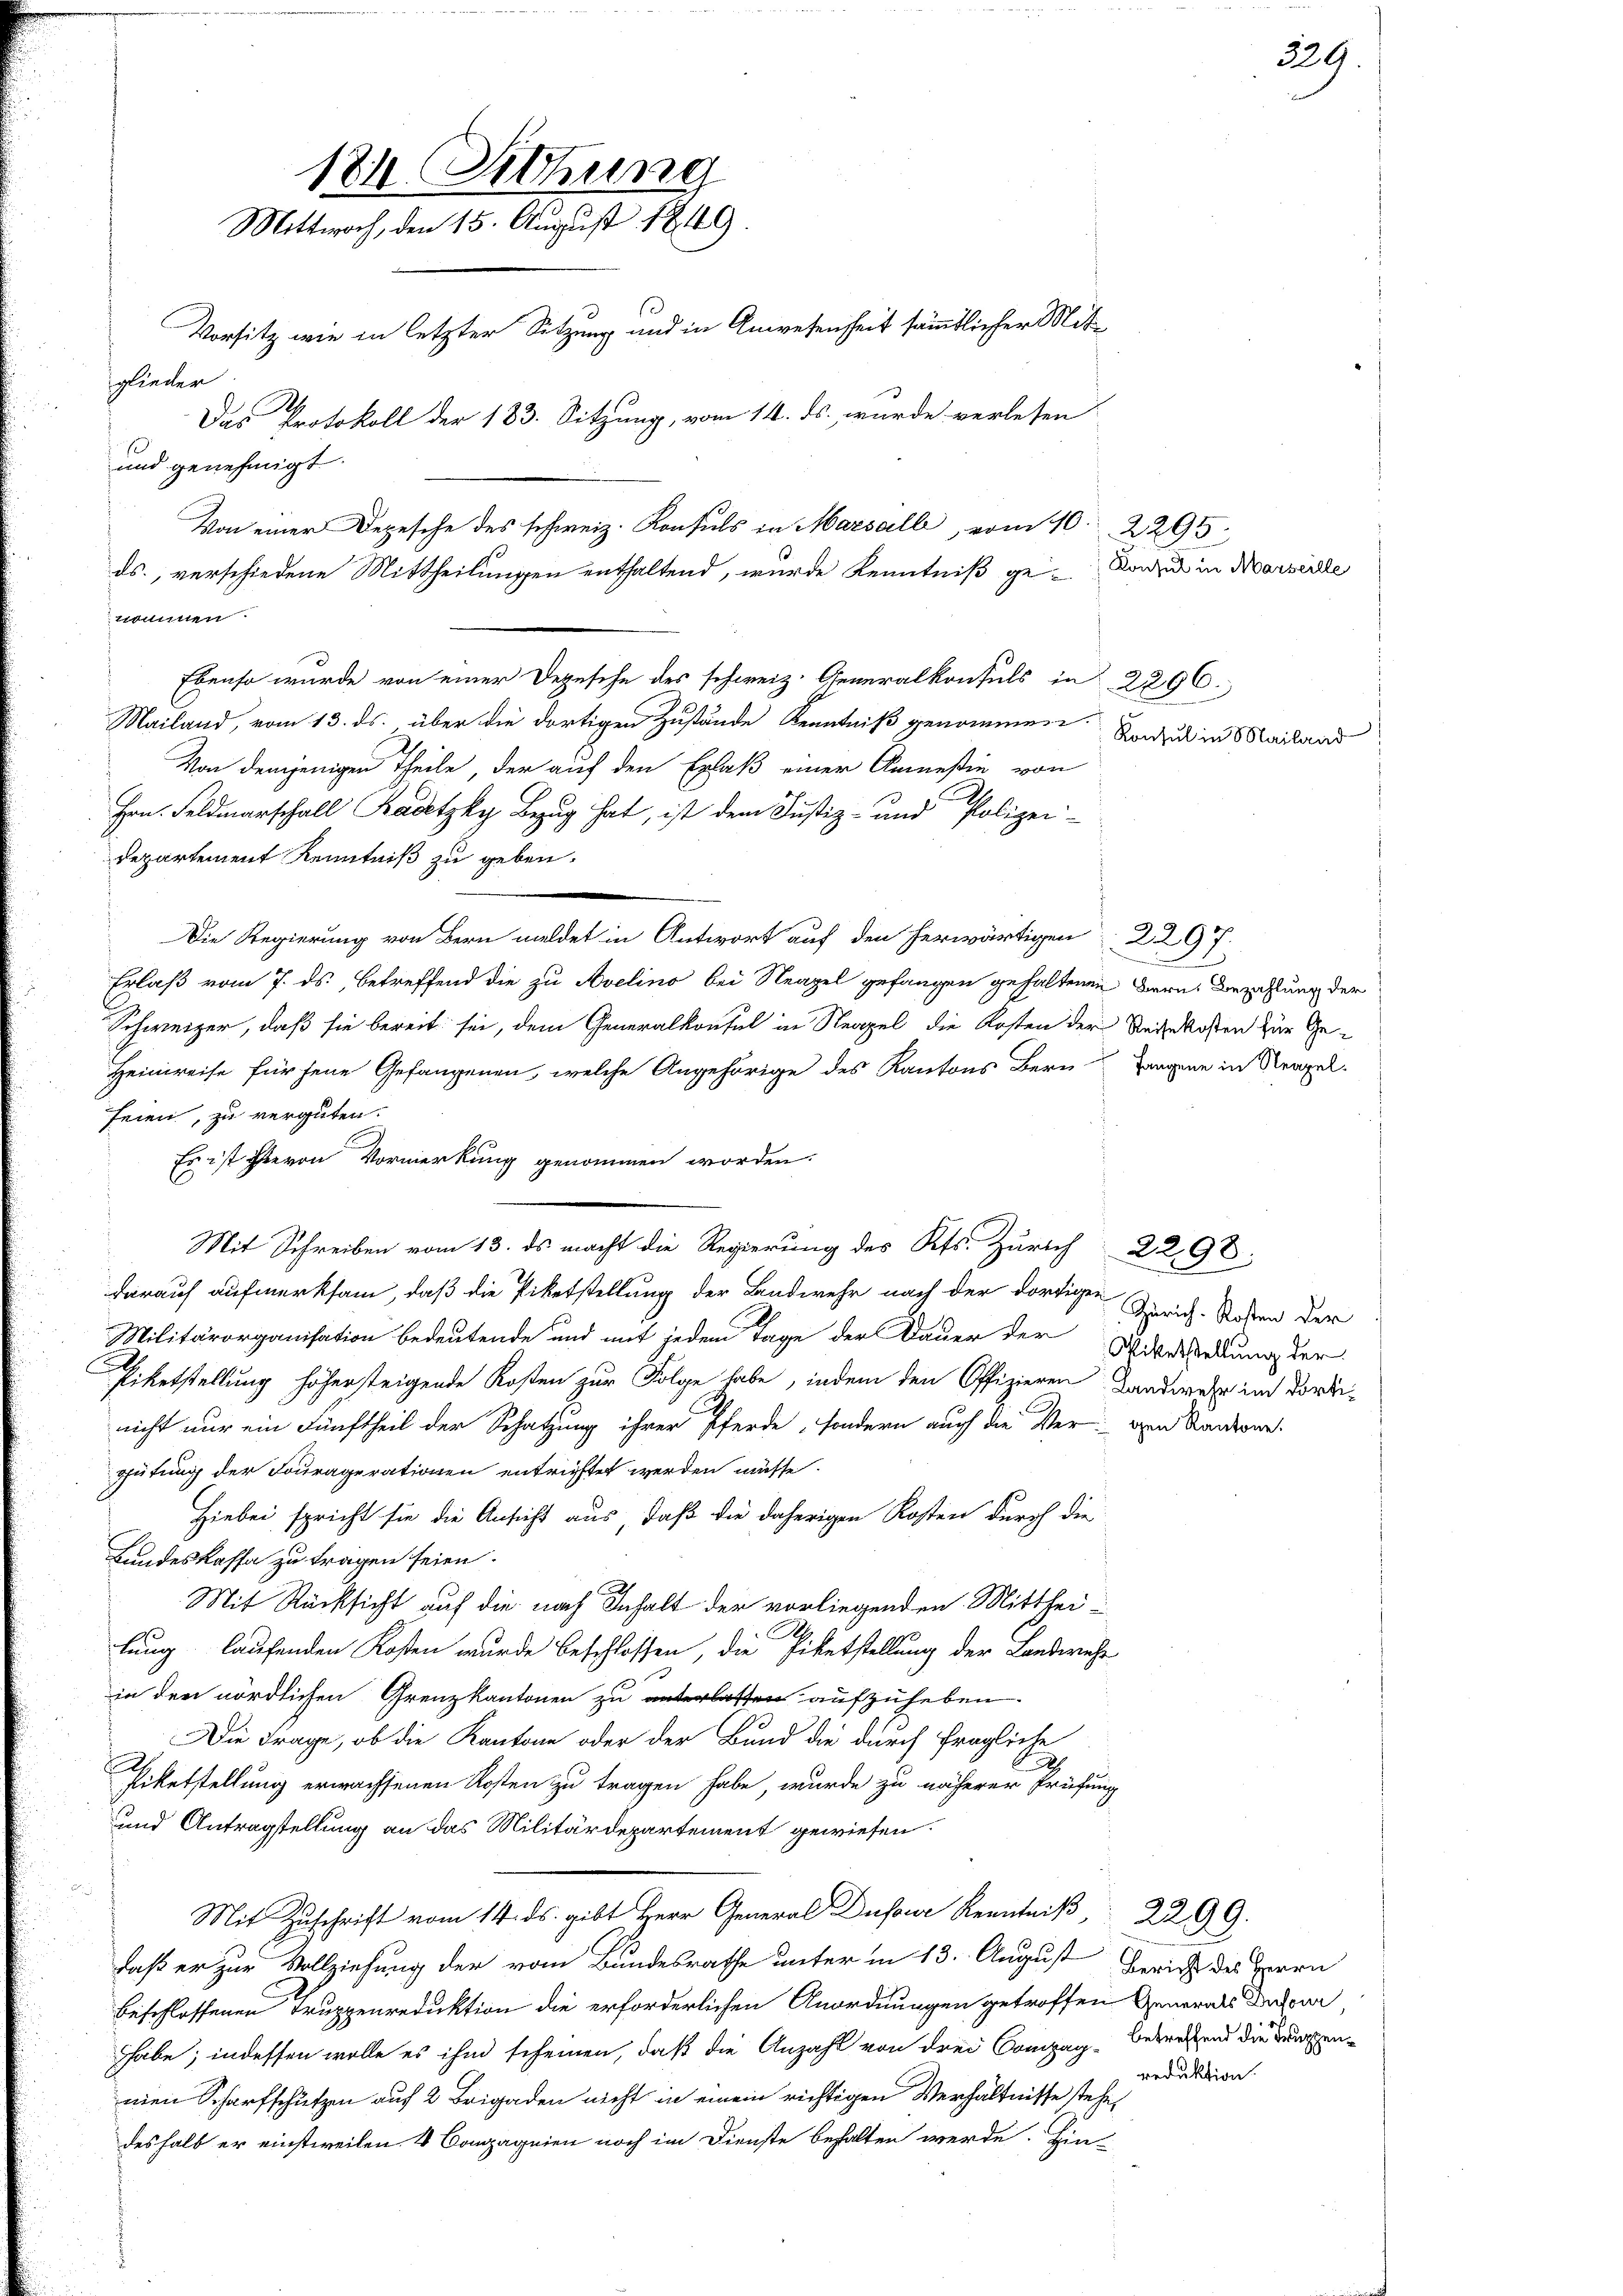
184. Sitzung
Mittwoch, den 15. August 1849.
Vorsitz wie in letzter Sitzung und in Anwesenheit sämmtlicher Mitsglieden
Das Protokoll der 183. Sitzung, vom 14. ds. wurde verlesen
1
und genehmigt.
Von einer Depesche des schweiz. Konsuls in Marsall, vom 10. 2295
ds., verschiedene Mittheilungen enthaltend, wurde Kenntniß ge-Kanze in Marsidle

nohmen.
Mailand, vom 13. ds. über die dortigen Zustände Kenntniß genommen.
Von demjenigen Theile, der auf den Erlaß einer Anmesie von
Hrn. Feldmarschall Kadetzky Bezug hat, ist dem Justiz- und Polizei-
Departement Kenntniß zu geben.
Die Regierung von Bern meldet in Antwort auf den herwärtigen 2297
Erlaß vom 7. ds., betreffend die zu Avelino bei Neapel gefangen gehaltenen Bern Bezahlung der
Schweizer, daß sie bereit sei, dem Generalkonsul in Neapel die Kosten der Reisekosten zur Ge¬
Heinreise für jene Gefangenen, welche Angehörige des Kantons Bern Tagene in Neapel.
seien, zu vergüten.
Es ist hievon Vormerkung genommen worden.
Mit Schreiben vom 13. ds macht die Regierung des Kts. Zürich 2298.
darauf aufmerksam, daß die Piketstellung der Landwehr nach der dortigen Zürich-Roben der
Militärorganisation bedeutende und mit jedem Tage der Dauer der Witwendung der
Eiketstellung höhersteigende Kosten zur Folge habe, indem den Offizieren Landwebe im dortinicht nur ein Fünftheil der Schatzung ihrer Pferde, sondern auch die Ver- von Kanderar
gütung der Fouragerationen entrichtet werden müsse.
Hiebei spricht sie die Ansicht aus, daß die daherigen Kosten durch die
Bundeskassa zu tragen seien.
Mit Rücksicht auf die nach Inhalt der vorliegenden Mitthei-
lung laufenden Kosten wurde beschlossen, die Piketstellung der Landwehr
in den nördlichen Grenzkantonen zu en aufzuheben.
Die Frage, ob die Kantone oder der Bund die durch fragliche
f
Piketstellung erwachsenen Kosten zu tragen habe, wurde zu näherer Prüfung
und Antragstellung an das Militärdepartement gewiesen.
Mit Zuschrift vom 14. ds. gibt Herr General Dufour Kenntniβ, 2299.
daß er zur Vollziehung der vom Bundesrathe unter in 13. August Gerich des Herrn
beschlossenen Truppenreduktion die erforderlichen Anordnungen getroffen Generals Dekora,
habe; indessen wolle es ihm scheinen, daß die Anzahl von drei Compag-Betreffend die Furrenreduktion.
men Scharfschützen auf 2 Brigaden nicht in einem richtigen Verhältnisse stehe,
deshalb er einstweilen 4 Compagnien noch im Dienste behalten werde. Hin-

Ebenso wurde von einer Depesche des schweiz. Generalkonsuls in 2296.

Konsul in Mailand

229.